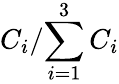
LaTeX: {C_{i}}/{\sum_{i=1}^{3}C_{i}}